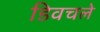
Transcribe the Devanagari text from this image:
डिवचले